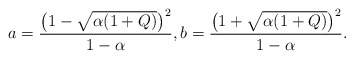
\begin{align*}a=\frac{\big(1-\sqrt{\alpha(1+Q)}\big)^2}{1-\alpha},b=\frac{\big(1+\sqrt{\alpha(1+Q)}\big)^2}{1-\alpha}.\end{align*}